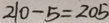
2 1 0 - 5 = 2 0 5